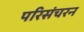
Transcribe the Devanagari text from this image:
परिसंचरन